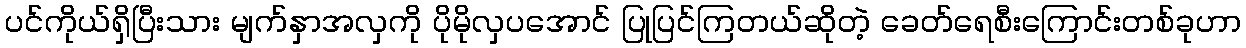
ပင်ကိုယ်ရှိပြီးသား မျက်နှာအလှကို ပိုမိုလှပအောင် ပြုပြင်ကြတယ်ဆိုတဲ့ ခေတ်ရေစီးကြောင်းတစ်ခုဟာ